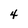
Character: 4